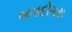
બગદોગરા